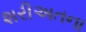
શરીઅતના